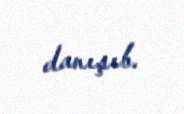
danışıb.